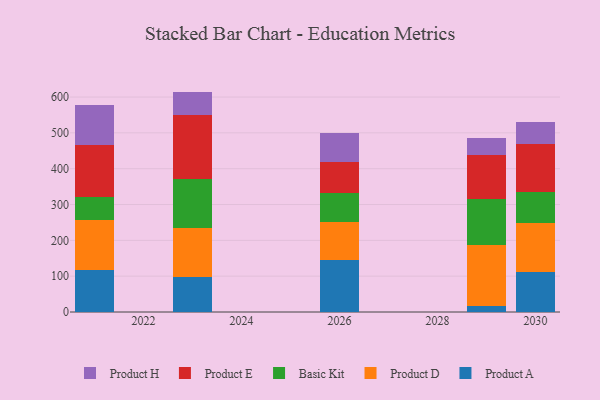
{"axis": {"x": "Year", "y": "Inventory Turnover"}, "legend": ["Basic Kit", "Product A", "Product D", "Product E", "Product H"], "data": [{"x": "2030", "y": 111.2, "type": "Product A"}, {"x": "2030", "y": 136.5, "type": "Product D"}, {"x": "2030", "y": 88.2, "type": "Basic Kit"}, {"x": "2030", "y": 132.1, "type": "Product E"}, {"x": "2030", "y": 61.1, "type": "Product H"}, {"x": "2026", "y": 144.8, "type": "Product A"}, {"x": "2026", "y": 106.7, "type": "Product D"}, {"x": "2026", "y": 81.2, "type": "Basic Kit"}, {"x": "2026", "y": 87.4, "type": "Product E"}, {"x": "2026", "y": 78.6, "type": "Product H"}, {"x": "2029", "y": 18.1, "type": "Product A"}, {"x": "2029", "y": 167.6, "type": "Product D"}, {"x": "2029", "y": 128.6, "type": "Basic Kit"}, {"x": "2029", "y": 123.2, "type": "Product E"}, {"x": "2029", "y": 49.5, "type": "Product H"}, {"x": "2023", "y": 96.7, "type": "Product A"}, {"x": "2023", "y": 137.8, "type": "Product D"}, {"x": "2023", "y": 137.6, "type": "Basic Kit"}, {"x": "2023", "y": 178.8, "type": "Product E"}, {"x": "2023", "y": 64.3, "type": "Product H"}, {"x": "2021", "y": 117.7, "type": "Product A"}, {"x": "2021", "y": 140.2, "type": "Product D"}, {"x": "2021", "y": 63.9, "type": "Basic Kit"}, {"x": "2021", "y": 144.6, "type": "Product E"}, {"x": "2021", "y": 111.4, "type": "Product H"}]}